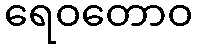
ရေဝတောဝ